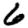
Digit: 6